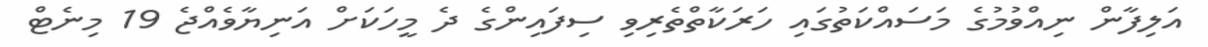
އަލިފާން ނިއްވުމުގެ މަސައްކަތުގައި ހަރަކާތްތެރިވި ސިފައިންގެ ދެ މީހަކަށް އަނިޔާވެއްޖެ 19 މިނެޓް